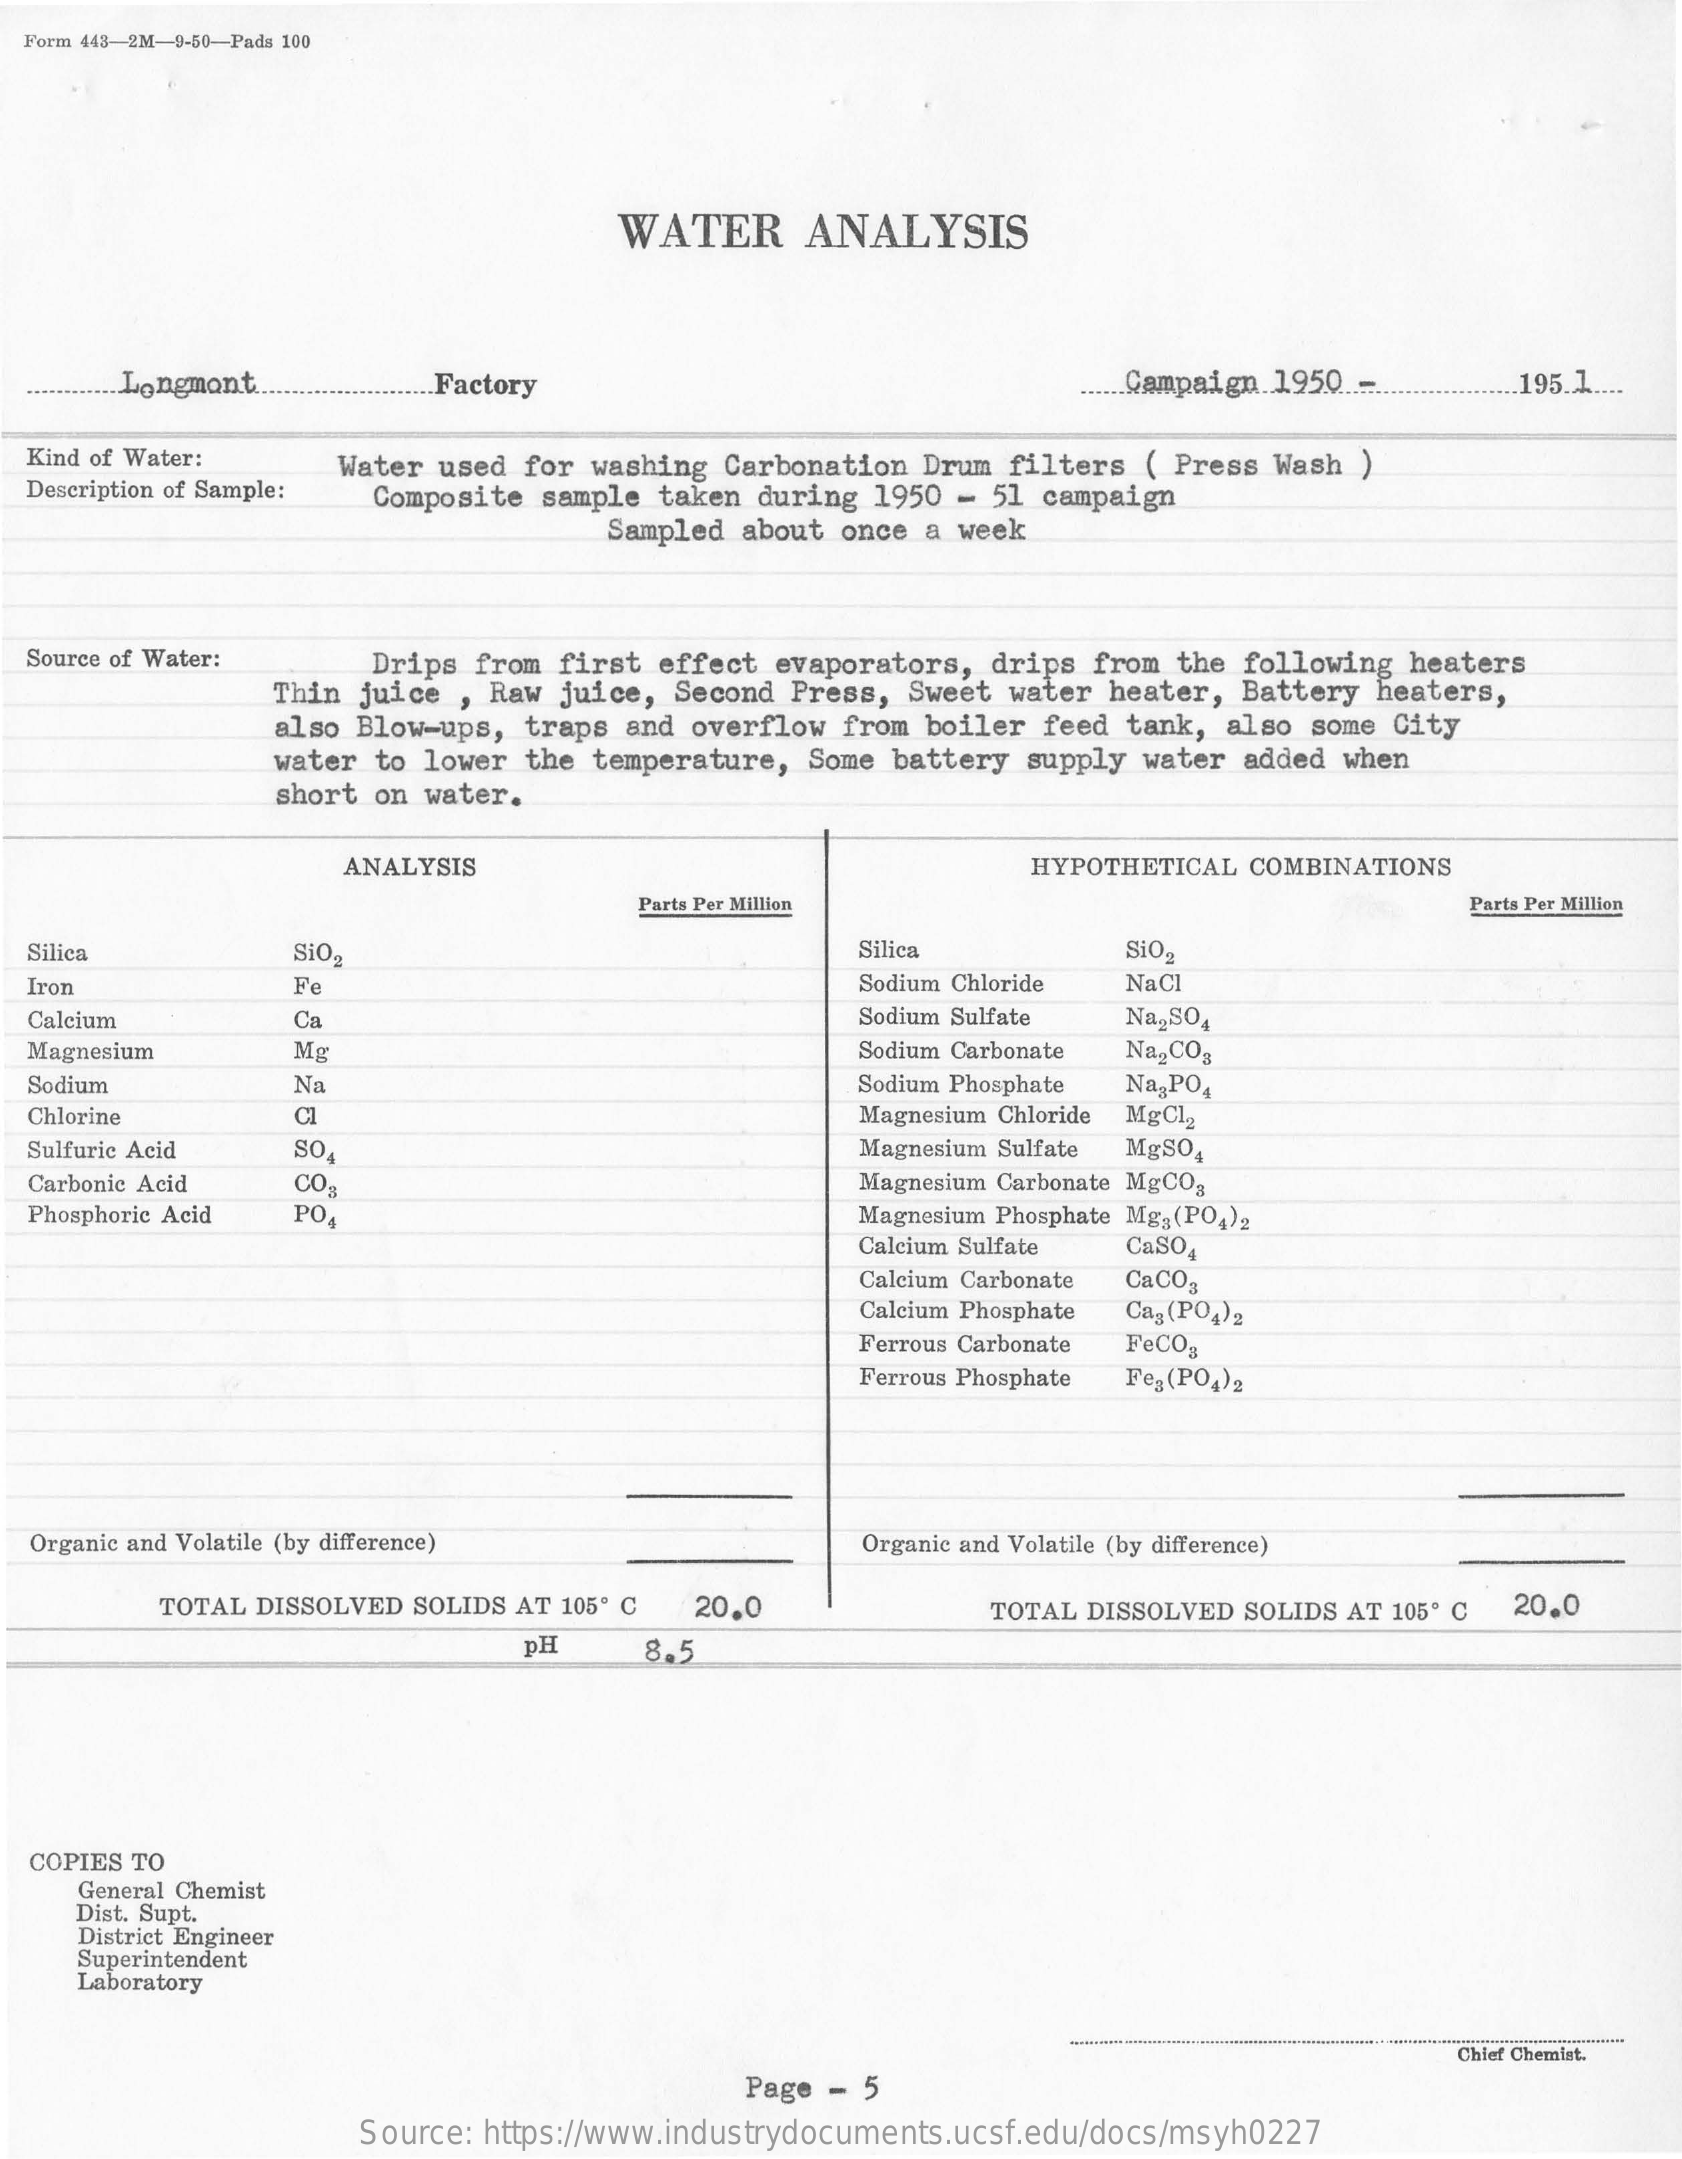
Form 443-2M-9-50-Pads 100
     WATER   ANALYSIS
     .... Longmont   Factory    ...... Campaign.1950 ... 195.1 ....
  Kind of Water:
  Description of Sample:
     Water used for washing Carbonation Drum filters ( Press Wash )
     Composite sample taken during 1950 - 51 campaign
     Sampled about once a week
  Source of Water: Drips from first effect evaporators, drips from the following heaters
     Thin juice , Raw juice, Second Press, Sweet water heater, Battery heaters,
     also Blow-ups, traps and overflow from boiler feed tank, also some City
     water to lower the temperature, Some battery supply water added when
     short on water.
     ANALYSIS    HYPOTHETICAL COMBINATIONS
     Parts Per Million    Parts Per Million
  Silica    SiO    Silica    SiO.
  Iron    Fe    Sodium Chloride NaCI
  Calcium    Ca    Sodium Sulfate Na2SO4
  Magnesium    Mg    Sodium Carbonate Na2CO3
  Sodium    Na    Sodium Phosphate Na3PO,
  Chlorine    Cl    Magnesium Chloride MgCl
  Sulfuric Acid SO    Magnesium Sulfate MgSO.
  Carbonic Acid CO.    Magnesium Carbonate MgCOg
  Phosphoric Acid PO,    Magnesium Phosphate Mg3 (PO4)2
     Calcium Sulfate CaSO4
     Calcium Carbonate CaCO3
     Calcium Phosphate Ca3 (PO4)2
     Ferrous Carbonate FeCO3
     Ferrous Phosphate Feg (PO4)2
  Organic and Volatile (by difference)    Organic and Volatile (by difference)
     TOTAL DISSOLVED SOLIDS AT 105º C 20.0    TOTAL DISSOLVED SOLIDS AT 105º C 20.0
     pH    8.5
  COPIES TO
    General Chemist
    Dist. Supt.
    District Engineer
    Superintendent
    Laboratory
     Chief Chemiat.
     Page - 5
     Source: https://www.industrydocuments.ucsf.edu/docs/msyh0227